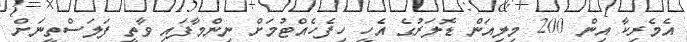
އެމެރިކާ އިން 200 މިލިއަން ޑޮލަރުގެ އެހީ ހިފެހެއްޓުމަށް ނިންމާފައި ވާތީ ފަލަސްތީނަށް